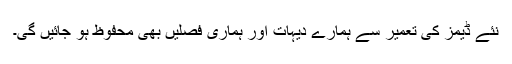
نئے ڈیمز کی تعمیر سے ہمارے دیہات اور ہماری فصلیں بھی محفوظ ہو جائیں گی۔